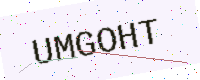
Text: UMGOHT